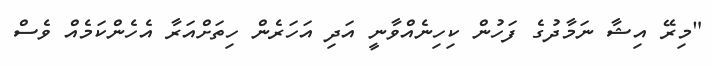
"މިރޭ އިޝާ ނަމާދުގެ ފަހުން ކިހިނެއްވާނީ އަދި އަހަރެން ހިތަށްއަރާ އެހެންކަމެއް ވެސް